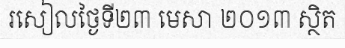
រសៀលថ្ងៃទី២៣ មេសា ២០១៣ ស្ថិត